Vaccine operations Central Provinces 1868-1885 - 1868-1885
Year: 1868
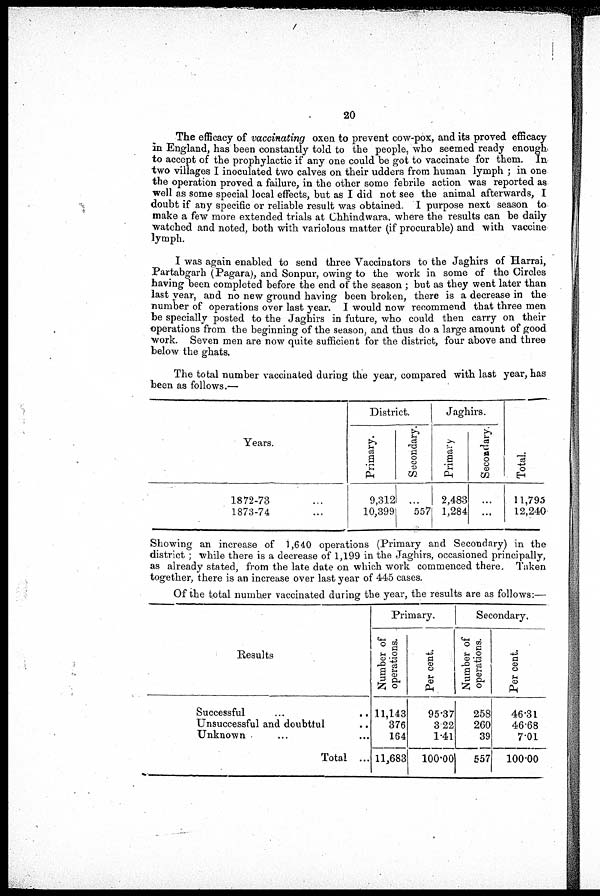
20
The efficacy of vaccinating oxen to prevent cow-pox, and its proved efficacy
in England, has been constantly told to the people, who seemed ready enough
to accept of the prophylactic if any one could be got to vaccinate for them. In
two villages I inoculated two calves on their udders from human lymph ; in one
the operation proved a failure, in the other some febrile action was reported as
well as some special local effects, but as I did not see the animal afterwards, I
doubt if any specific or reliable result was obtained. I purpose next season to
make a few more extended trials at Chhindwara where the results can be daily
watched and noted, both with variolous matter (if procurable) and with vaccine
lymph.
I was again enabled to send three Vaccinators to the Jaghirs of Harrai,
Partabgarh (Pagara), and Sonpur, owing to the work in some of the Circles
having been completed before the end of the season ; but as they went later than
last year, and no new ground having been broken, there is a decrease in the
number of operations over last year. I would now recommend that three men
be specially posted to the Jaghirs in future, who could then carry on their
operations from the beginning of the season, and thus do a large amount of good
work. Seven men are now quite sufficient for the district, four above and three
below the ghats.
The total number vaccinated during the year, compared with last year, has
been as follows.—
Years.
1872-73 ...
1873-74 ...
District.
Primary.
9,312
10,399
Secondary.
...
557
Jaghirs.
Primary
2,483
1,284
Secondary.
...
...
Total.
11,795
12,240
Showing an increase of 1,640 operations (Primary and Secondary) in the
district ; while there is a decrease of 1,199 in the Jaghirs, occasioned principally,
as already stated, from the late date on which work commenced there. Taken
together, there is an increase over last year of 445 cases.
Of the total number vaccinated during the year, the results are as follows:—
Results
Successful ... ...
Unsuccessful and doubtful ...
Unknown ... ...
Total ...
Primary.
Number of
operations.
11,143
376
164
11,683
Per cent.
95.37
3.22
1.41
100.00
Secondary.
Number of
operations.
258
260
39
557
Per cent.
46.31
46.68
7.01
100.00